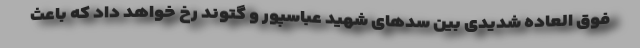
فوق العاده شدیدی بین سدهای شهید عباسپور و گتوند رخ خواهد داد که باعث